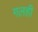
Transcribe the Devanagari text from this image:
गलही